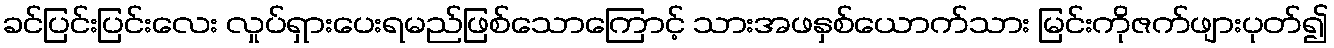
ခင်ပြင်းပြင်းလေး လှုပ်ရှားပေးရမည်ဖြစ်သောကြောင့် သားအဖနှစ်ယောက်သား မြင်းကိုဇက်ဖျားပုတ်၍